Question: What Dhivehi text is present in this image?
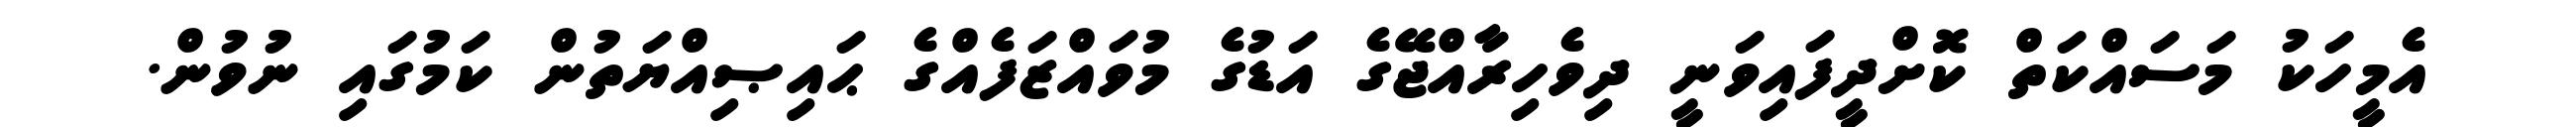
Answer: އެމީހަކު މަސައްކަތް ކޮށްދީފައިވަނީ ދިވެހިރާއްޖޭގެ އަޑުގެ މުވައްޒަފެއްގެ ޙައިޞިއްޔަތުން ކަމުގައި ނުވުން.